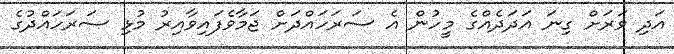
އަދި ވަރަށް ގިނަ އަދަދެއްގެ މީހުން އެ ސަރަހައްދަށް ޖަމާވެފައިވާއިރު މުޅި ސަރަހައްދުގެ